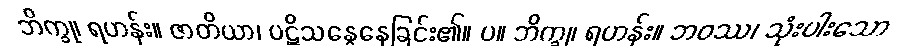
ဘိက္ခု၊ ရဟန်း။ ဇာတိယာ၊ ပဋိသန္ဓေနေခြင်း၏။ ပ။ ဘိက္ခု၊ ရဟန်း။ ဘဝဿ၊ သုံးပါးသော